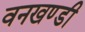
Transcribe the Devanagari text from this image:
वनखण्डी